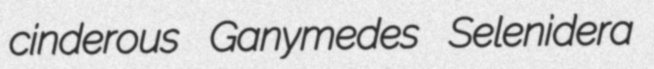
cinderous Ganymedes Selenidera